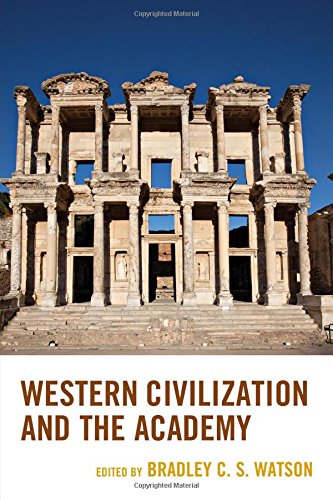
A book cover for Western Civilization and the Academy; Law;